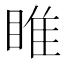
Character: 睢